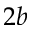
2 b